Vaccination in the Punjab 1867-1880 - 1867-1880
Year: 1867
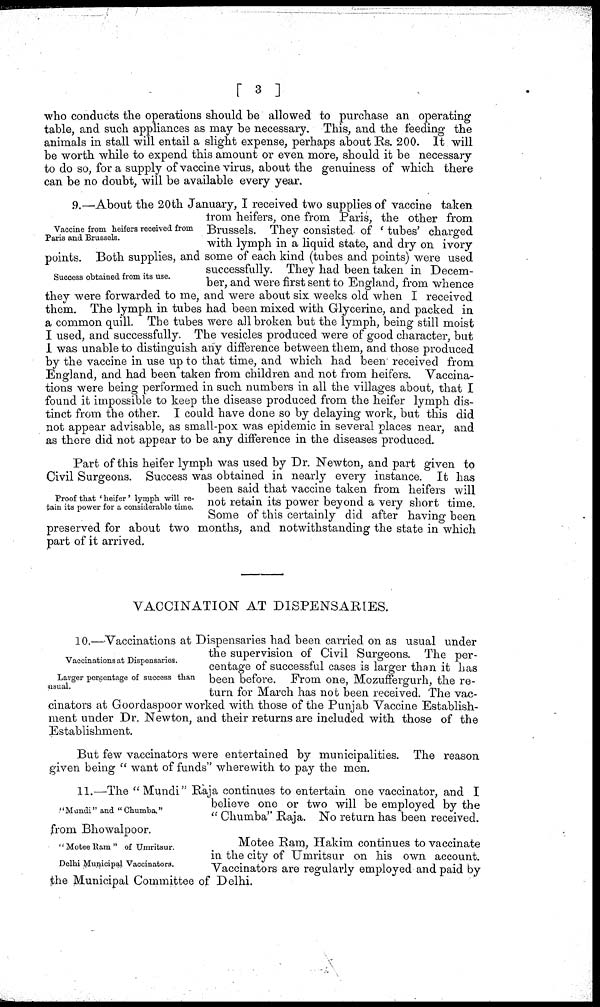
[ 3 ]
who conducts the operations should be allowed to purchase an operating
table, and such appliances as may be necessary. This, and the feeding the
animals in stall will entail a slight expense, perhaps about Rs. 200. It will
be worth while to expend this amount or even more, should it be necessary
to do so, for a supply of vaccine virus, about the genuiness of which there
can be no doubt, will be available every year.
Vaccine from heifers received from
Paris and Brussels.
Success obtained from its use.
9.—About the 20th January, I received two supplies of vaccine taken
from heifers, one from Paris, the other from
Brussels. They consisted of 'tubes' charged
with lymph in a liquid state, and dry on ivory
points. Both supplies, and some of each kind (tubes and points) were used
successfully. They had been taken in Decem-
ber, and were first sent to England, from whence
they were forwarded to me, and were about six weeks old when I received
them. The lymph in tubes had been mixed with Glycerine, and packed in
a common quill. The tubes were all broken but the lymph, being still moist
I used, and successfully. The vesicles produced were of good character, but
I was unable to distinguish any difference between them, and those produced
by the vaccine in use up to that time, and which had been received from
England, and had been taken from children and not from heifers. Vaccina-
tions were being performed in such numbers in all the villages about, that I
found it impossible to keep the disease produced from the heifer lymph dis-
tinct from the other. I could have done so by delaying work, but this did
not appear advisable, as small-pox was epidemic in several places near, and
as there did not appear to be any difference in the diseases produced.
Proof that ' heifer' lymph will re-
tain its power for a considerable time.
Part of this heifer lymph was used by Dr. Newton, and part given to
Civil Surgeons. Success was obtained in nearly every instance. It has
been said that vaccine taken from heifers will
not retain its power beyond a very short time.
Some of this certainly did after having been
preserved for about two months, and notwithstanding the state in which
part of it arrived.
VACCINATION AT DISPENSARIES.
Vaccinations at Dispensaries.
Larger percentage of success than
usual.
10. Vaccinations at Dispensaries had been carried on as usual under
the supervision of Civil Surgeons. The per-
centage of successful cases is larger than it has
been before. From one, Mozuffergurh, the re-
turn for March has not been received. The vac-
cinators at Goordaspoor worked with those of the Punjab Vaccine Establish-
ment under Dr. Newton, and their returns are included with those of the
Establishment.
But few vaccinators were entertained by municipalities. The reason
given being "want of funds" wherewith to pay the men.
"Mundi" and "Chumba."
11.—The "Mundi" Raja continues to entertain one vaccinator, and I
believe one or two will be employed by the
"Chumba" Raja. No return has been received.
from Bhowalpoor.
"Motee Ram" of Umritsur.
Delhi Municipal Vaccinators.
Motee Ram, Hakim continues to vaccinate
in the city of Umritsur on his own account.
Vaccinators are regularly employed and paid by
the Municipal Committee of Delhi.